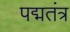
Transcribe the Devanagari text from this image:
पद्मतंत्र